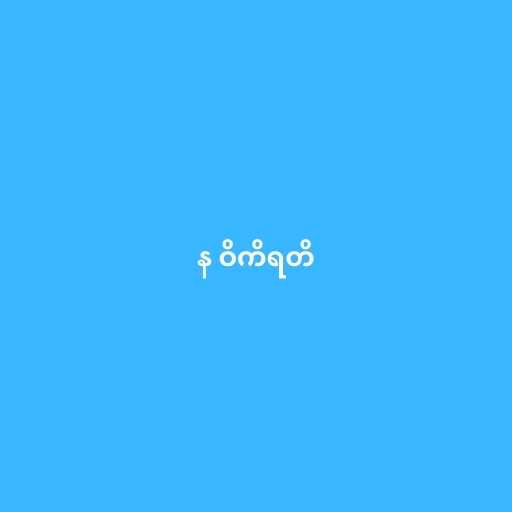
န ဝိကိရတိ